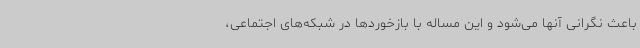
باعث نگرانی آنها می‌شود و این مساله با بازخوردها در شبکه‌های اجتماعی،